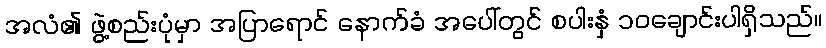
အလံ၏ ဖွဲ့စည်းပုံမှာ အပြာရောင် နောက်ခံ အပေါ်တွင် စပါးနှံ ၁၀ချောင်းပါရှိသည်။